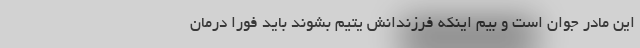
این مادر جوان است و بیم اینکه فرزندانش یتیم بشوند باید فورا درمان